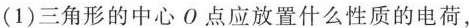
(1)三角形的中心O点应放置什么性质的电荷，